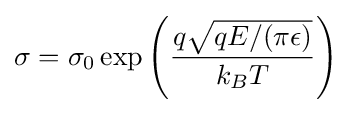
\sigma =\sigma _{0}\exp \left({\frac {q{\sqrt {qE/(\pi \epsilon )}}}{k_{B}T}}\right)